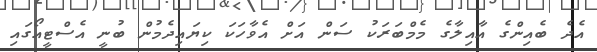
އެދެ ބެއިންގެ އާއިލާގެ މެމްބަރަކު ސަން އަށް އެވާހަކަ ކިޔައިދެމުން ބުނީ އެސްޓީއޯގައި